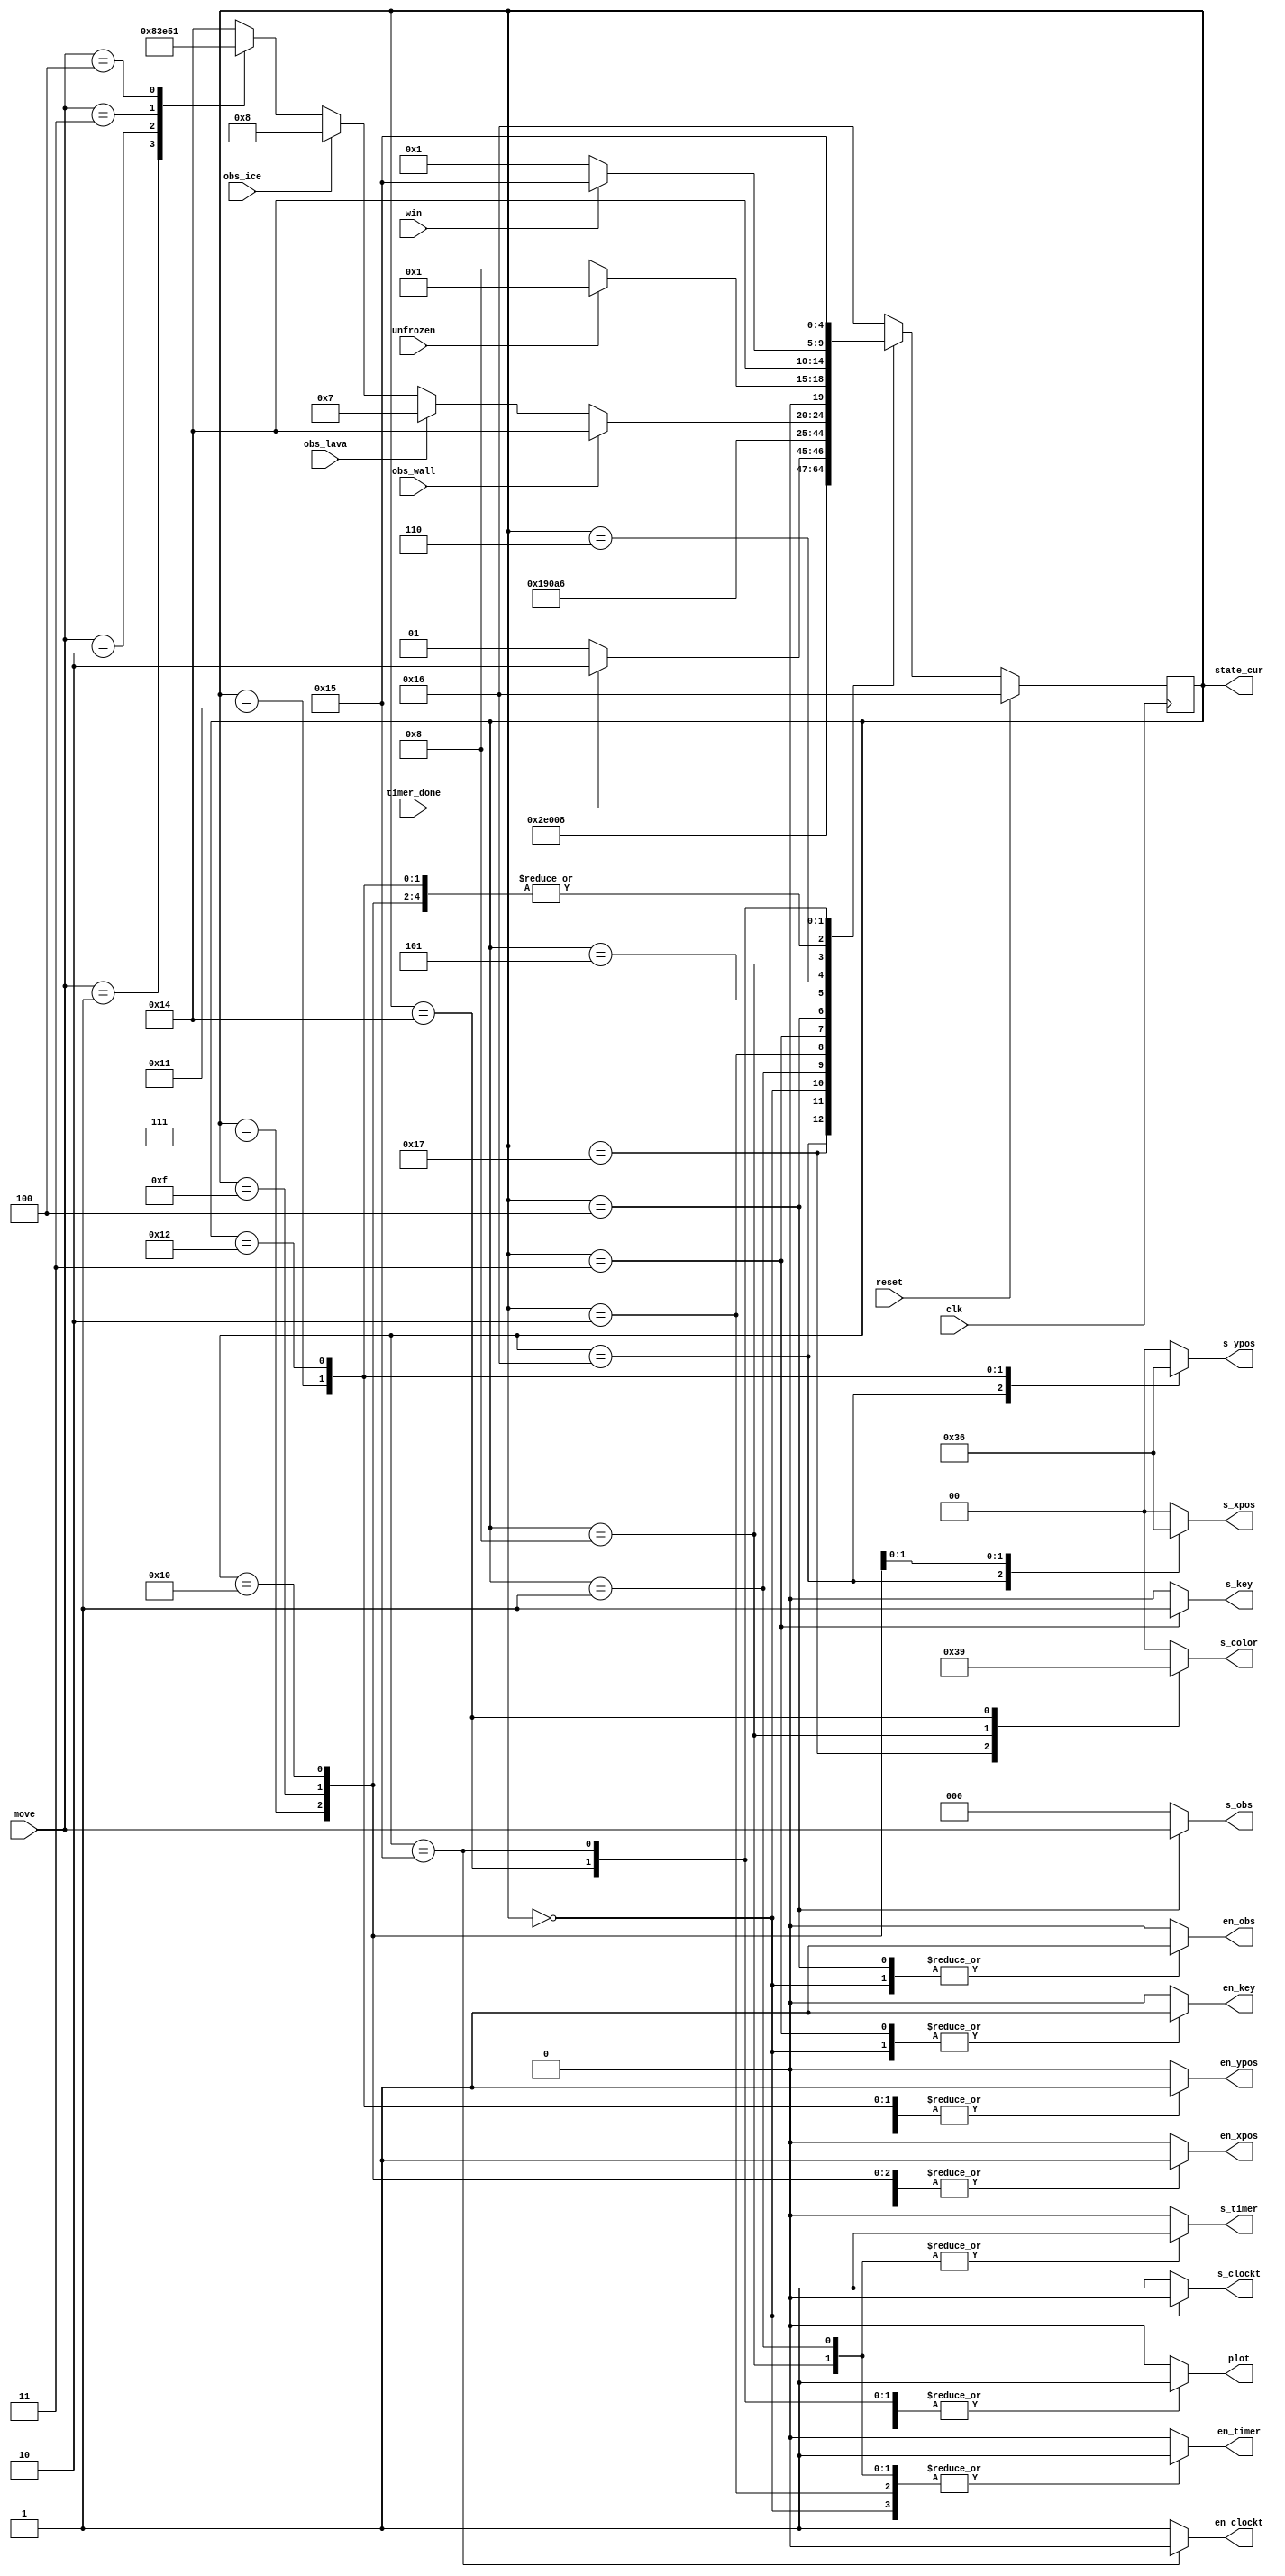
module controller(
	input clk,
	input reset,
	output reg en_xpos,
	output reg [1:0] s_xpos,

	output reg en_ypos,
	output reg [1:0] s_ypos,
	output reg en_key,
	output reg s_key,
	output reg en_obs,
	output reg [2:0] s_obs,
	/*
	output reg en_win,
	output reg s_win,
	*/
	output reg [1:0] s_color,
	output reg plot,
	output reg en_timer,
	output reg s_timer,
    output reg en_clockt,
    output reg s_clockt,
	/*
	input [2:0] move,
	input [99:0] timer,
	input [99:0] xpos,
	input [99:0] ypos,
	input [23:0] key,
	input win,
	input obs_black,
	*/
	input win,
	input timer_done,
	input [2:0] move,
	input obs_wall,
	input obs_lava,
	input obs_ice,
	input unfrozen,
	
	output [4:0] state_cur
	);

	parameter NONE = 3'd0;
	parameter LEFT = 3'd1;
	parameter RIGHT = 3'd2;
	parameter UP = 3'd3;
	parameter DOWN = 3'd4;

	parameter INIT = 5'd0;
	parameter WAIT_TIMER = 5'd1;
	parameter ERASE = 5'd2;
	parameter READ_KEY = 5'd3;
	parameter UPDATE_OBS_MEM = 5'd4;
	parameter WAIT_OBS_MEM = 5'd5;
	parameter TEST_OBS = 5'd6;
	parameter RESTART = 5'd7;
	parameter FROZEN = 5'd8;
	
	parameter INC_XPOS = 5'd15;
	parameter DEC_XPOS = 5'd16;
	parameter INC_YPOS = 5'd17;
	parameter DEC_YPOS = 5'd18;
	parameter CHECK_WIN = 5'd19;
	parameter DRAW = 5'd20;
	parameter WIN = 5'd21;
	parameter INIT_RESET = 5'd22;
	parameter INIT_SET_END_PIXEL = 5'd23;

	
	reg [4:0] state, next_state;
	assign state_cur = state;

	always @(posedge clk)
		if (reset)
			state <= INIT_RESET;
		else
			state <= next_state;

	always @(*) begin
		/*
		en_win = 0;
		s_win = 0;
		*/
		plot = 0;
		s_color = 0;
		en_timer = 0;
		s_timer = 0;
		en_xpos = 0;
		s_xpos = 0;
		en_ypos = 0;
		s_ypos = 0;
		en_key = 0;
		s_key = 0;
		en_obs = 0;
		s_obs = 0;
      en_clockt = 1;
      s_clockt = 1;
		next_state = INIT_RESET;
		case (state)
			INIT_RESET: begin
				plot = 1; 		s_color = 0;
				en_xpos = 1;	s_xpos = 3;
				en_ypos = 1;	s_ypos = 3;
				
				next_state = INIT_SET_END_PIXEL;
			end
			INIT_SET_END_PIXEL: begin
				plot = 1; s_color = 3;
				
				next_state = INIT;
			end
			INIT: begin
				en_timer = 1;	s_timer = 0;
				en_xpos = 1;	s_xpos = 0;
				en_ypos = 1;	s_ypos = 0;
				en_key = 1;		s_key = 0;
				en_obs = 1;		s_obs = 0;
									s_clockt = 0;
				
				next_state = WAIT_TIMER;
			end
			WAIT_TIMER: begin
				en_timer = 1; 	s_timer = 1;
				
				if (timer_done)
					next_state = ERASE;
				else
					next_state = WAIT_TIMER;
			end
			ERASE: begin
				plot = 1; 		s_color = 0;
				en_timer = 1; 	s_timer = 0;
				
				next_state = READ_KEY;
			end
			READ_KEY: begin
				en_key = 1; 	s_key = 1;
				
				next_state = UPDATE_OBS_MEM;
			end
			UPDATE_OBS_MEM: begin
				en_obs = 1; s_obs = move;
				
				next_state = WAIT_OBS_MEM;
			end
			WAIT_OBS_MEM: begin
				next_state = TEST_OBS;
			end
			TEST_OBS: begin
				if (obs_wall)
					next_state = DRAW;
				else if (obs_lava)
					next_state = RESTART;
				else if (obs_ice)
					next_state = FROZEN;
				else
					case (move)
						3'd0:	next_state = DRAW;
						3'd1: next_state = DEC_XPOS;
						3'd2: next_state = INC_XPOS;
						3'd3: next_state = DEC_YPOS;
						3'd4:	next_state = INC_YPOS;
						default: next_state = DRAW;
					endcase
			end
			RESTART: begin
				en_xpos = 1;	s_xpos = 0;
				en_ypos = 1;	s_ypos = 0;
				
				next_state = DRAW;
			end
			FROZEN: begin
				en_timer = 1; 	s_timer = 1;
				plot = 1;		s_color = 2;
				
				if (unfrozen)
					next_state = WAIT_TIMER;
				else
					next_state = FROZEN;
			end
			INC_XPOS: begin
				en_xpos = 1; s_xpos = 1;
				
				next_state = DRAW;
			end
			DEC_XPOS: begin
				en_xpos = 1; s_xpos = 2;
				
				next_state = DRAW;
			end
			INC_YPOS: begin
				en_ypos = 1; s_ypos = 1;
				
				next_state = DRAW;
			end
			DEC_YPOS: begin
				en_ypos = 1; s_ypos = 2;
				
				next_state = DRAW;
			end
			DRAW: begin
				plot = 1; 		s_color = 1;
				
				if (win)
					next_state = WIN;
				else
					next_state = WAIT_TIMER;
			end
			WIN: begin
				en_clockt = 0;
				plot = 1;		s_color = 0;
				next_state = WIN;
			end
			default :;
		endcase
	end

endmodule